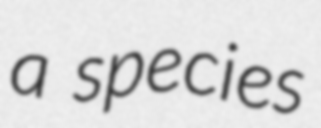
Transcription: a species